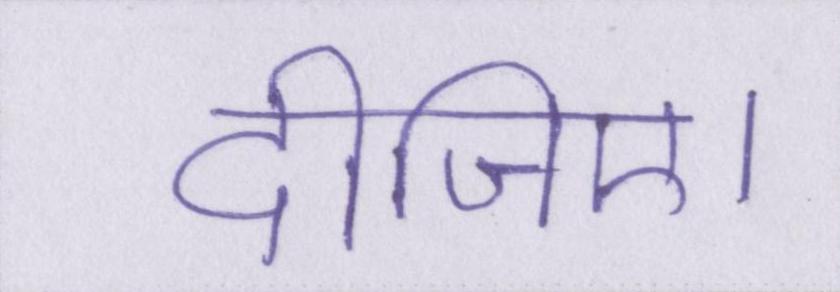
दीजिए।